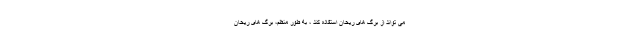
می تواند از برگ های ریحان استفاده کند ، به طور منظم، برگ های ریحان